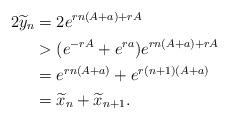
LaTeX: \begin{align*} 2\widetilde y_n & = 2e^{rn(A+a)+rA} \\ & > (e^{-rA}+e^{ra})e^{rn(A+a)+rA} \\ & = e^{rn(A+a)} + e^{r(n+1)(A+a)} \\ & =\widetilde x_n + \widetilde x_{n+1}.\end{align*}